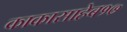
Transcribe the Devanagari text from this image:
काकासाहेब१७